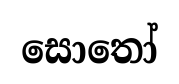
සොතෝ